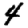
Digit: 4